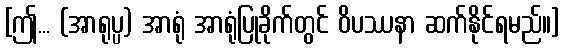
[ဤ... (အာရုပ္ပ) အာရုံ အာရုံပြုခိုက်တွင် ဝိပဿနာ ဆက်နိုင်ရမည်။]